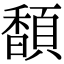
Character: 䫝